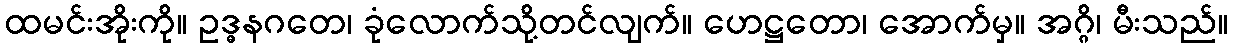
ထမင်းအိုးကို။ ဥဒ္ဓနဂတေ၊ ခုံလောက်သို့တင်လျက်။ ဟေဋ္ဌတော၊ အောက်မှ။ အဂ္ဂိ၊ မီးသည်။